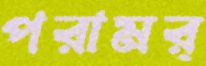
পরামর্